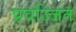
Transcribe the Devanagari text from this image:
प्रवज्जित